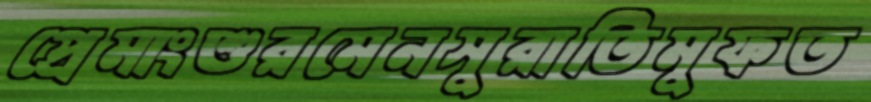
প্রেমাংশুরমেনসুরাতিমুফত